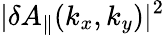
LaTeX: |\delta A_{\parallel}(k_{x},k_{y})|^{2}